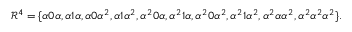
\begin{array} { r } { \mathcal { R } ^ { 4 } = \{ \alpha 0 \alpha , \alpha 1 \alpha , \alpha 0 \alpha ^ { 2 } , \alpha 1 \alpha ^ { 2 } , \alpha ^ { 2 } 0 \alpha , \alpha ^ { 2 } 1 \alpha , \alpha ^ { 2 } 0 \alpha ^ { 2 } , \alpha ^ { 2 } 1 \alpha ^ { 2 } , \alpha ^ { 2 } \alpha \alpha ^ { 2 } , \alpha ^ { 2 } \alpha ^ { 2 } \alpha ^ { 2 } \} . } \end{array}